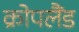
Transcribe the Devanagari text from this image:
क्रोपलैंड